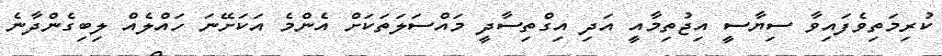
ކުރިމަތިވެފައިވާ ސިޔާސީ އިޖުތިމާއީ އަދި އިގްތިސާދީ މައްސަލަތަކަށް އެންމެ އަކަށޭނަ ހައްލެއް ލިބިގެންދާނެ